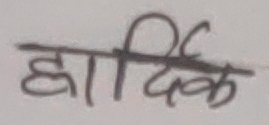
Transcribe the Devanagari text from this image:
हार्दिक